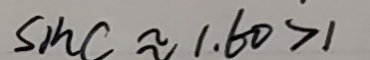
\sin C \approx 1 . 6 0 > 1